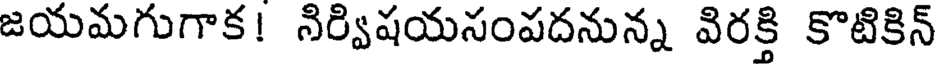
జయమగుగాక! నిర్విషయసంపదనున్న విరక్తి కొటికిన్